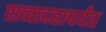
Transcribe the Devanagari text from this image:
सव्वादहापर्यंत